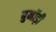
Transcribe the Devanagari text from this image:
बुर्नोड़ी